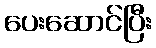
ပေးဆောင်ပြီး